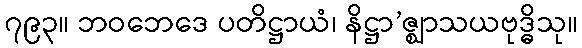
၇၉၃။ ဘဝဘေဒေ ပတိဋ္ဌာယံ၊ နိဋ္ဌာ’ဇ္ဈာသယဗုဒ္ဓိသု။